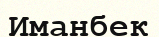
Иманбек